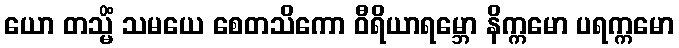
ယော တသ္မိံ သမယေ စေတသိကော ဝီရိယာရမ္ဘော နိက္ကမော ပရက္ကမော